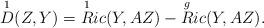
LaTeX: \begin{align*}\overset{1}{D}(Z,Y) =\overset{1}{R}ic (Y,AZ) - \overset{g}{R}ic(Y,AZ). \end{align*}